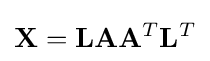
\mathbf {X} =\mathbf {L} \mathbf {A} \mathbf {A} ^{T}\mathbf {L} ^{T}